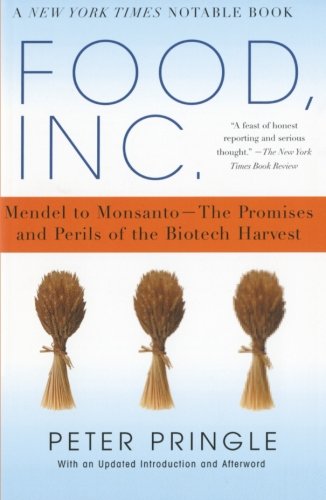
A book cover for Food, Inc.: Mendel to Monsanto--The Promises and Perils of the Biotech Harvest; Peter Pringle; Science & Math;